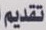
تقديم